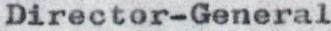
Director-General